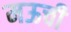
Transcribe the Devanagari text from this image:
मऊची